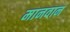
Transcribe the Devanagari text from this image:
मानवान